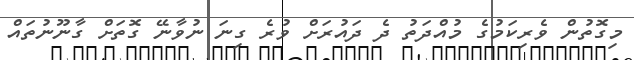
މިގޮތުން ވެރިކަމުގެ މުއްދަތު ދެ ދައުރަށް ވުރެ ގިނަ ނުވާނޭ ގޮތަށް ގާނޫނުތައް